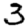
Digit: 3